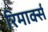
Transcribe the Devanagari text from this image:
रिमार्क्स